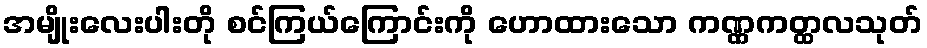
အမျိုးလေးပါးတို စင်ကြယ်ကြောင်းကို ဟောထားသော ကဏ္ဏကတ္ထလသုတ်